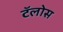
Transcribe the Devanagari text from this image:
टॅलोस